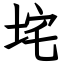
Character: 垞